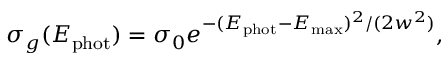
\sigma _ { g } ( E _ { \mathrm { p h o t } } ) = \sigma _ { 0 } e ^ { - ( E _ { \mathrm { p h o t } } - E _ { \mathrm { m a x } } ) ^ { 2 } / ( 2 w ^ { 2 } ) } ,